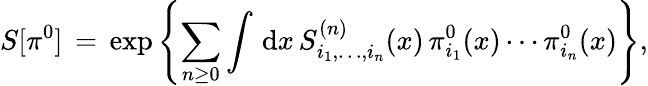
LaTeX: S[\pi^{0}]\, =\, \exp\left\{ \sum_{n\ge0}\int\, \mathrm{d}x\, S_{i_{1},\ldots,i_{n}}^{(n)}(x)\, \pi_{i_{1}}^{0}(x)\cdots\pi_{i_{n}}^{0}(x)\right\} ,